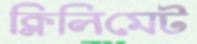
ক্লিলিমেট